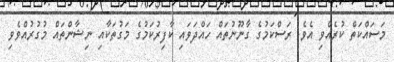
މަސައްކަތް ކުރެއްވި އެވެ. ރަސްކަމުގެ ގާނޫނުތައް ހައްދަވައި ކާފިރުކަމުގެ މަގުތަކާއި ނިޝާންތައް މުގުރުއްވެވި